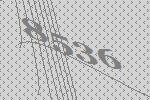
8536